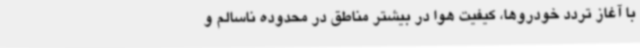
با آغاز تردد خودروها، کیفیت هوا در بیشتر مناطق در محدوده ناسالم و